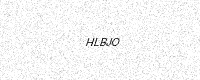
Text: HLBJO